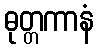
ဓုတ္တကာနံ